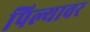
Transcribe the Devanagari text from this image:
पिल्यावर